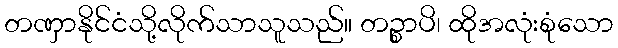
တဏှာနိုင်ငံသို့လိုက်သာသူသည်။ တဉ္စာပိ၊ ထိုအလုံးစုံသော